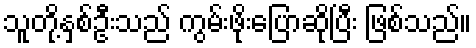
သူတို့နှစ်ဦးသည် ကွမ်းဖိုးပြောဆိုပြီး ဖြစ်သည်။